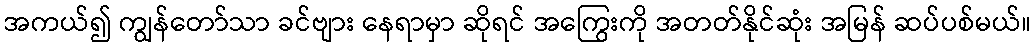
အကယ်၍ ကျွန်တော်သာ ခင်ဗျား နေရာမှာ ဆိုရင် အကြွေးကို အတတ်နိုင်ဆုံး အမြန် ဆပ်ပစ်မယ်။